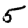
Digit: 5